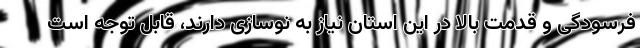
فرسودگی و قدمت بالا در این استان نیاز به نوسازی دارند، قابل توجه است